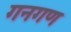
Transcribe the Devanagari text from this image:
गनगण